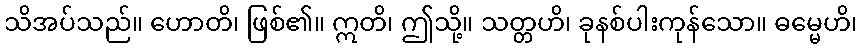
သိအပ်သည်။ ဟောတိ၊ ဖြစ်၏။ ဣတိ၊ ဤသို့။ သတ္တဟိ၊ ခုနစ်ပါးကုန်သော။ ဓမ္မေဟိ၊